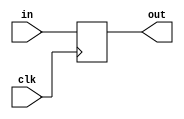
//========================================================================
// Different Registers of variable width and control
//========================================================================

`ifndef REGS_V
`define REGS_V

//------------------------------------------------------------------------
// Register
//------------------------------------------------------------------------

module Reg
#(
    parameter nbits = 1
 )
(
  input                  clk,
  input      [nbits-1:0] in,
  output reg [nbits-1:0] out
);

  always @( posedge clk ) begin
    out <= in;
  end
  
endmodule

//------------------------------------------------------------------------
// Register with enable
//------------------------------------------------------------------------

module RegEn
#(
    parameter nbits = 1
 )
(
  input                  clk,
  input                  en,
  input      [nbits-1:0] in,
  output reg [nbits-1:0] out
);

  always @( posedge clk ) begin
    if ( en )
      out <= in;
  end
  
endmodule

//------------------------------------------------------------------------
// Register with reset
//------------------------------------------------------------------------

module RegRst
#(
    parameter nbits = 1,
    parameter reset_value = 0
 )
(
  input                  clk,
  input                  reset,
  input      [nbits-1:0] in,
  output reg [nbits-1:0] out
);

  always @( posedge clk ) begin
    if ( reset )
      out <= reset_value;
    else
      out <= in;
  end

endmodule

//------------------------------------------------------------------------
// Register with enable and reset
//------------------------------------------------------------------------

module RegEnRst
#(
    parameter nbits = 1,
    parameter reset_value = 0
 )
(
  input                  clk,
  input                  reset,
  input                  en,
  input      [nbits-1:0] in,
  output reg [nbits-1:0] out
);

  always @( posedge clk ) begin
    if ( reset )
      out <= reset_value;
    else if ( en )
      out <= in;
  end

endmodule

`endif /* REGS_V */